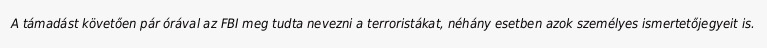
A támadást követően pár órával az FBI meg tudta nevezni a terroristákat, néhány esetben azok személyes ismertetőjegyeit is.